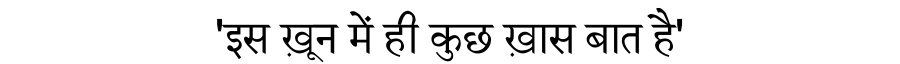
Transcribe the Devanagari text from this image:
'इस ख़ून में ही कुछ ख़ास बात है'